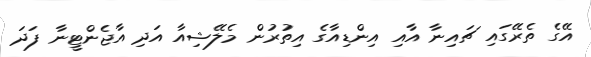
އޭގެ ތެރޭގައި ޗައިނާ އާއި އިންޑިއާގެ އިތުރުން މެލޭޝިއާ އަދި އާޖެންޓީނާ ފަދަ